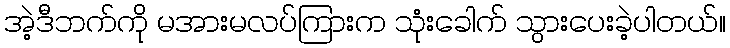
အဲ့ဒီဘက်ကို မအားမလပ်ကြားက သုံးခေါက် သွားပေးခဲ့ပါတယ်။